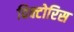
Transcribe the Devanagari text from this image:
विक्टोरिस